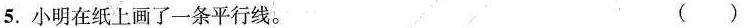
5.小明在纸上画了一条平行线。 ()